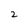
Character: 2